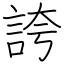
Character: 誇